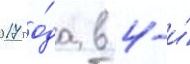
2017 го́да в 4-и́